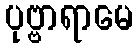
ပုဗ္ဗာရာမေ